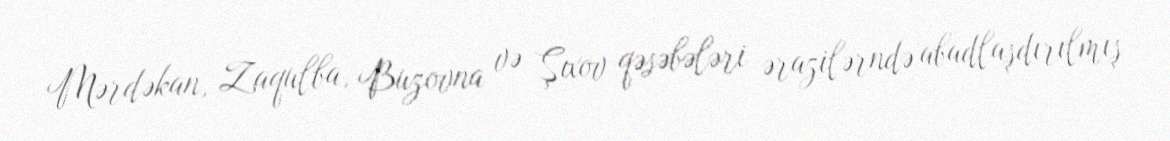
Mərdəkan, Zaqulba, Buzovna və Şıxov qəsəbələri ərazilərndə abadlaşdırılmış